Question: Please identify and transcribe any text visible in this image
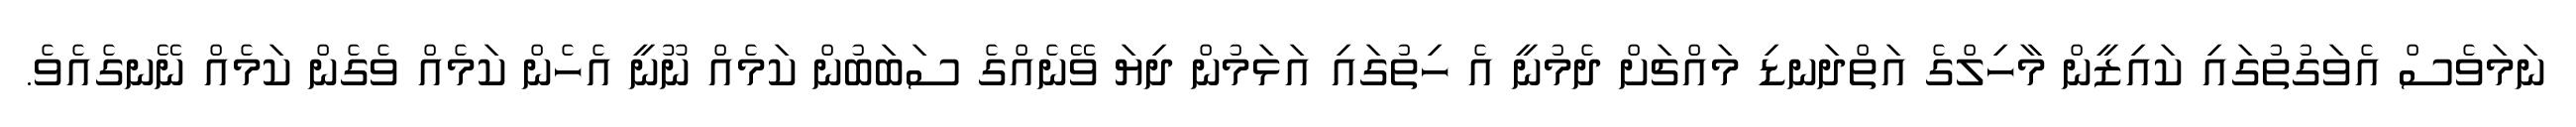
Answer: ނަމަވެސް އެވަގުތުގައި ކައިޒީން މާހިލްގެ އަތްދަނޑި މައްޗަށް ދެމުނީ އެ ހިތުގައި އަޅަމުން ދިޔަ ވޭނެއްގެ ސަބަބުން ކަމެއް ނޫނީ އެހެން ކަމެއް ވެގެން ކަމެއް ނޭނގެއެވެ.